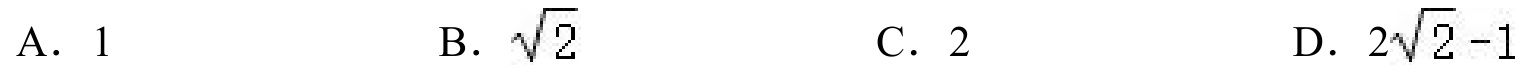
A. 1  B. $\sqrt{2}$  C. 2  D. $2\sqrt{2}-1$